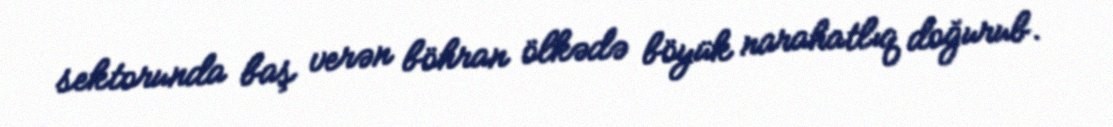
sektorunda baş verən böhran ölkədə böyük narahatlıq doğurub.